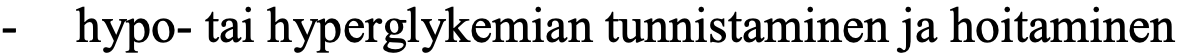
-  hypo- tai hyperglykemian tunnistaminen ja hoitaminen